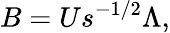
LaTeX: B=Us^{-1/2}\Lambda,